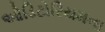
ઓડિટોરિયમના